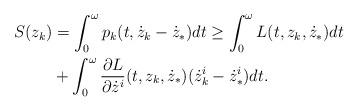
LaTeX: \begin{align*}S(z_k)&=\int_0^{\omega}p_k(t,\dot z_k-\dot z_*)dt\ge \int_0^{\omega}L(t,z_k,\dot z_*)dt\\&+\int_0^{\omega}\frac{\partial L}{\partial \dot z^i}(t,z_k,\dot z_*)(\dot z_k^i-\dot z_*^i)dt.\end{align*}